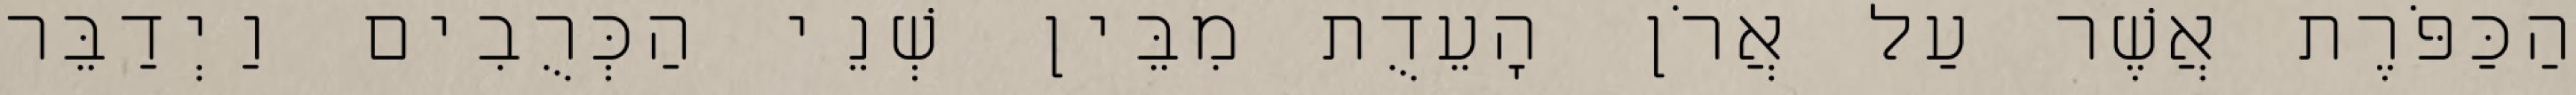
הַכַּפֹּרֶת אֲשֶׁר עַל אֲרֹן הָעֵדֻת מִבֵּין שְׁנֵי הַכְּרֻבִים וַיְדַבֵּר